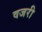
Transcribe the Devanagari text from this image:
वजरी